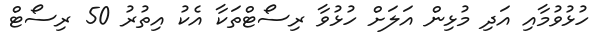
ހުޅުވުމާއި އަދި މުޅިން އަލަށް ހުޅުވާ ރިސޯޓްތަކާ އެކު އިތުރު 50 ރިސޯޓް